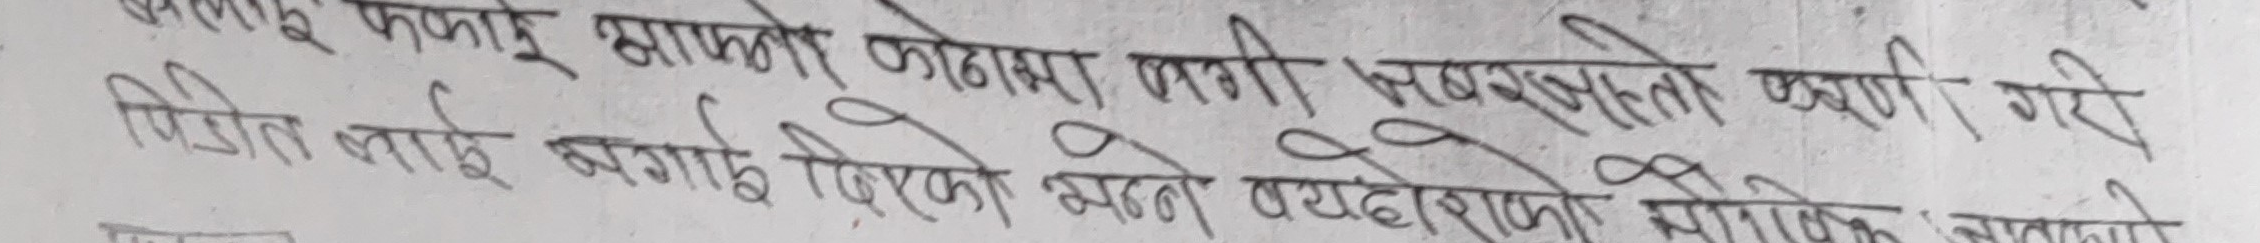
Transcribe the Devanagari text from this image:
फकाई आफनेर कोठामा लगी जबरजस्ती करणी गरी
पिडीत लाई नगाई दिएको भन्ने व्यहोराको मोकि